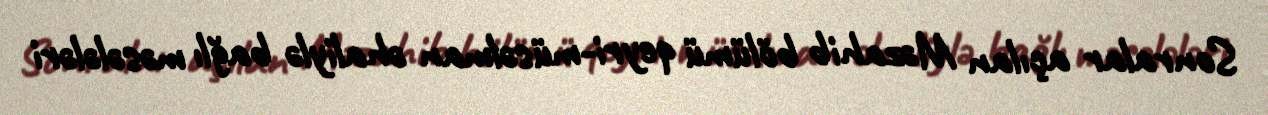
Sonralar açılan Məzahib bölümü qeyri-müsəlman əhaliylə bağlı məsələləri